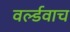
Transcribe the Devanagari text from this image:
वर्ल्डवाच